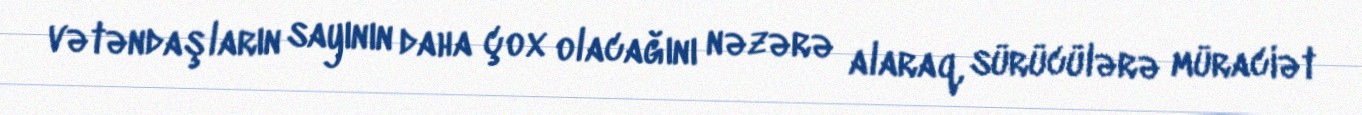
vətəndaşların sayının daha çox olacağını nəzərə alaraq, sürücülərə müraciət